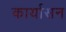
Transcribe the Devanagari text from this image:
कार्यासन